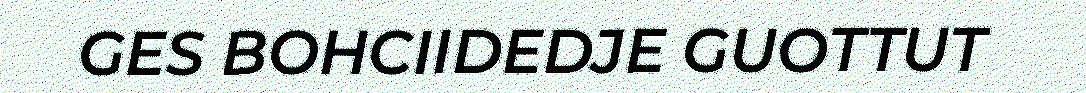
GES BOHCIIDEDJE GUOTTUT